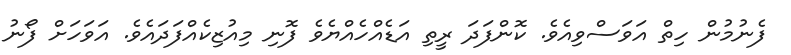
ފެނުމުން ހިތް އަވަސްވިއެވެ. ކޮންފަދަ ރީތި އަޑެއްހެއްޔެވެ ފޮނި މިއުޒިކެއްފަދައެވެ. އަވަހަށް ފޯނު